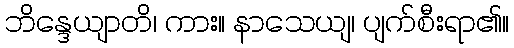
ဘိန္ဒေယျာတိ၊ ကား။ နာသေယျ၊ ပျက်စီးရာ၏။